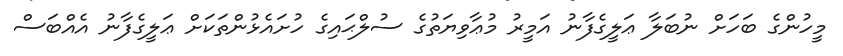
މީހުންގެ ބަހަށް ނުބަލާ ޢަލީގެފާނު އަމީރު މުޢާވިޔަތުގެ ސުލްޙައިގެ ހުށައެޅުންތަކަށް ޢަލީގެފާނު އެއްބަސް